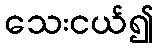
သေးငယ်၍